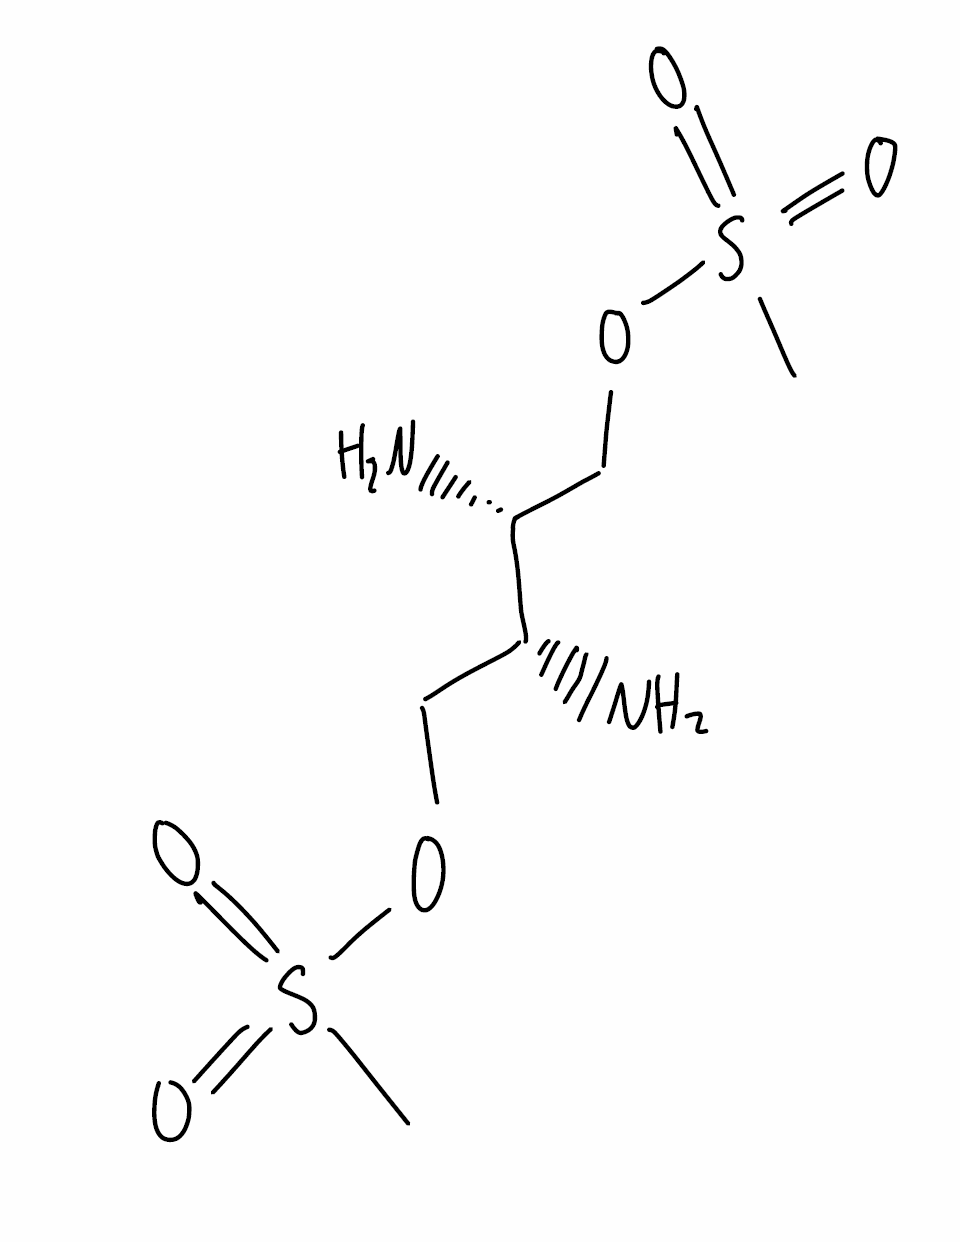
Simplified molecular-input line-entry system (SMILES) notation of the given molecule:
CS(=O)(=O)OC[C@H]([C@@H](COS(=O)(=O)C)N)N